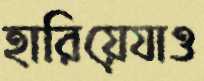
হারিয়েযাও